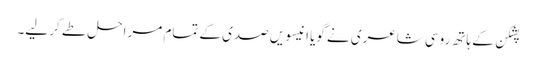
پشکن کے ہاتھ روسی شاعری نے گویا انیسویں صدی کے تمام مراحل طے کر لیے۔